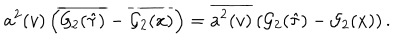
LaTeX: a ^ { 2 } ( v ) \left( \overline { { { { \cal G } _ { 2 } ( \hat { \tau } ) } } } - \overline { { { { \cal G } _ { 2 } ( x ) } } } \right) = \overline { { { { a ^ { 2 } } ( v ) } } } \left( { \cal G } _ { 2 } ( \hat { \tau } ) - { \cal G } _ { 2 } ( x ) \right) .